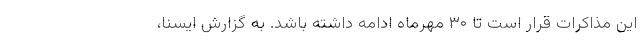
این مذاکرات قرار است تا ۳۰ مهرماه ادامه داشته باشد. به گزارش ایسنا،